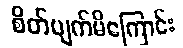
စိတ်ပျက်မိကြောင်း